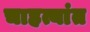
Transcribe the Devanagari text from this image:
चाहत्यांत